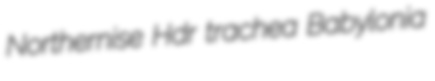
Northernise Hdr trachea Babylonia